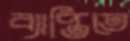
ব্যাপ্তিতে